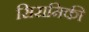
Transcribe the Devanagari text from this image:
सिरामिकी